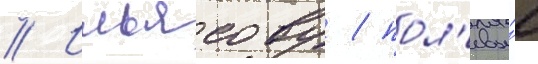
// Ильясову / пол'евы́е